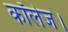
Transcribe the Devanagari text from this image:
कॉलेज।